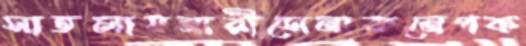
সাতলায়নারীসেনাকনেপক